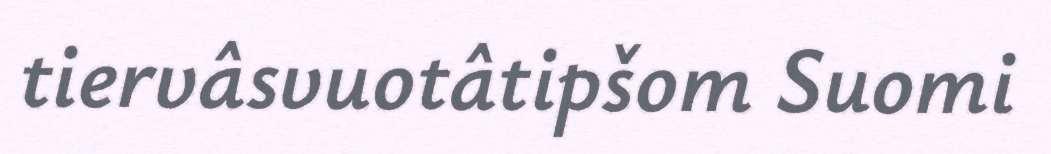
tiervâsvuotâtipšom Suomi